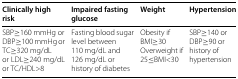
| Clinically high risk | Impaired fasting glucose | Weight | Hypertension |
 | --- | --- | --- | --- |
 | SBP ≥160 mmHg or DBP ≥100 mmHg or TC ≥320 mg/dL or LDL ≥240 mg/dL or TC/HDL>8 | Fasting blood sugar level between 110 mg/dL and 126 mg/dL or history of diabetes | Obesity if BMI ≥30 Overweight if 25 ≤BMI<30 | SBP ≥140 or DBP ≥90 or history of hypertension |